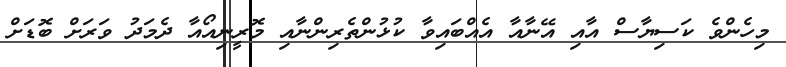
މިހެންވެ ކަސިޔާސް އާއި އޭނާއާ އެއްބައިވާ ކުޅުންތެރިންނާއި މޮރީނިއޯއާ ދެމަދު ވަރަށް ބޮޑަށް